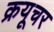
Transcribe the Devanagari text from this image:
क्रयूचर